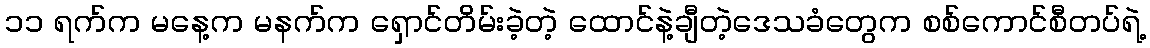
၁၁ ရက်က မနေ့က မနက်က ရှောင်တိမ်းခဲ့တဲ့ ထောင်နဲ့ချီတဲ့ဒေသခံတွေက စစ်ကောင်စီတပ်ရဲ့